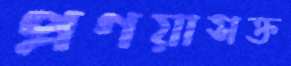
প্রণয়াসক্ত